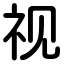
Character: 视